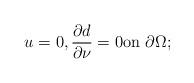
LaTeX: \begin{align*}u=0, \frac{\partial d}{\partial \nu}=0 {\rm on} \ \partial \Omega;\end{align*}